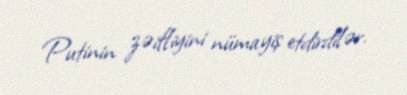
Putinin zəifliyini nümayiş etdirdilər.